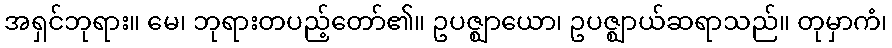
အရှင်ဘုရား။ မေ၊ ဘုရားတပည့်တော်၏။ ဥပဇ္ဈာယော၊ ဥပဇ္ဈာယ်ဆရာသည်။ တုမှာကံ၊